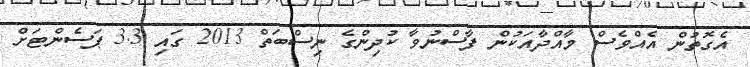
އެގޮތުން އެއްވެސް މާއްދާއަކުން ފާސްނުވާ ކުދިންގެ ނިސްބަތް 2013 ގައި 3.3 ޕަސެންޓަށް